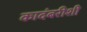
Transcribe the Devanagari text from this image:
कादंबरीशी